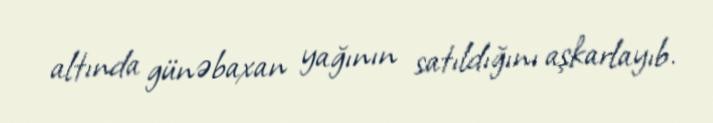
altında günəbaxan yağının satıldığını aşkarlayıb.